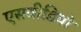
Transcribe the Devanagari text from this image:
एसवीडियो